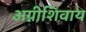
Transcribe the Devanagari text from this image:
अग्नीशिवाय